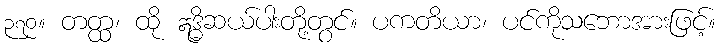
၃၇၀။ တတ္ထ၊ ထို ဣဒ္ဓိဆယ်ပါးတို့တွင်။ ပကတိယာ၊ ပင်ကိုသဘောအားဖြင့်။